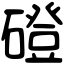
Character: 磴